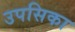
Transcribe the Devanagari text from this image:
उपसिका